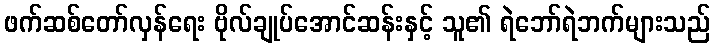
ဖက်ဆစ်တော်လှန်ရေး ဗိုလ်ချုပ်အောင်ဆန်းနှင့် သူ၏ ရဲဘော်ရဲဘက်များသည်